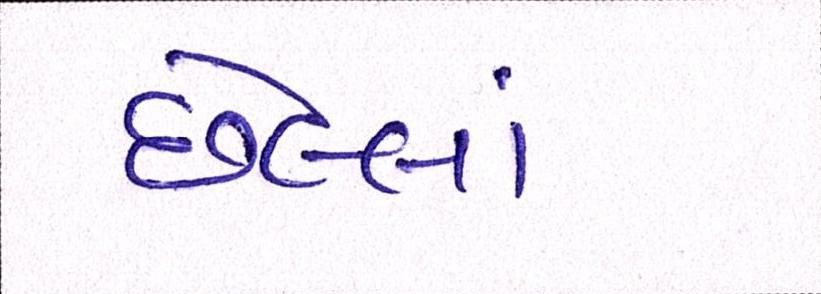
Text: છેલ્લાં